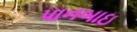
પાનબાઇ